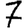
Digit: 7